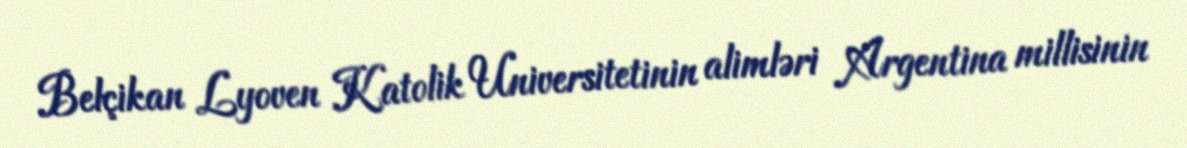
Belçikan Lyoven Katolik Universitetinin alimləri Argentina millisinin